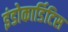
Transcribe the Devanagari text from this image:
इंडोकार्डिटिस